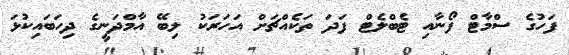
ފަހުގެ ސްމާޓް ފޯނާއި ޓެބްލެޓް ފަދަ ތަކެއްޗަށް އަހަރަކު ލިބޭ އާމްދަނީގެ ދިހަބައިކުޅަ